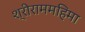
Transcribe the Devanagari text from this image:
श्रीराममहिमा